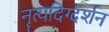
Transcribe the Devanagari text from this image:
नॄत्यदिग्दर्शन